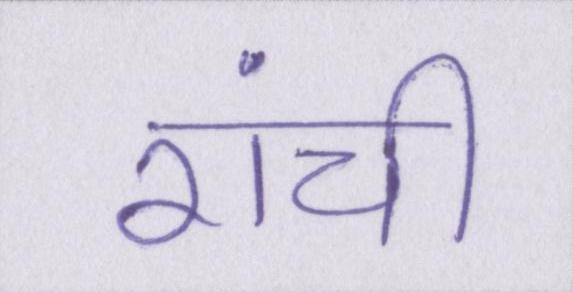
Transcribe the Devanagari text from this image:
रांची